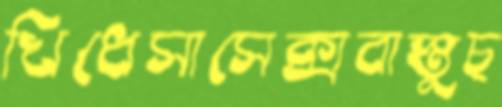
খিধেসাসেক্সবাস্তুচ্